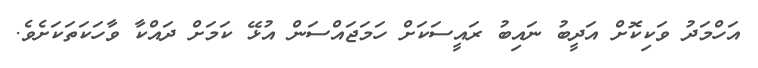
އަހްމަދު ވަކިކޮށް އަދީބު ނައިބު ރައީސަކަށް ހަމަޖައްސަން އުޅޭ ކަމަށް ދައްކާ ވާހަކަތަކަށެވެ.